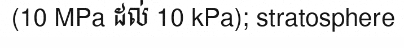
(10 MPa ដល់ 10 kPa); stratosphere